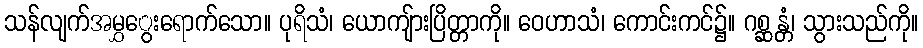
သန်လျက်အမွှွေးရောက်သော။ ပုရိသံ၊ ယောကျ်ားပြိတ္တာကို။ ဝေဟာသံ၊ ကောင်းကင်၌။ ဂစ္ဆန္တံ၊ သွားသည်ကို။